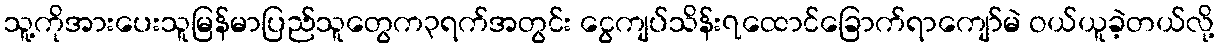
သူ့ကိုအားပေးသူမြန်မာပြည်သူတွေက၃ရက်အတွင်း ငွေကျပ်သိန်း၇ထောင်ခြောက်ရာကျော်မဲ ဝယ်ယူခဲ့တယ်လို့